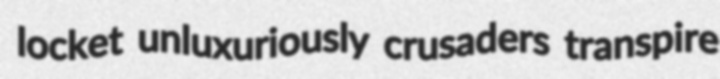
locket unluxuriously crusaders transpire